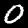
Label: 0